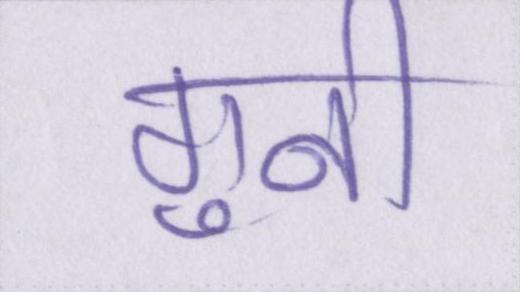
गुनी